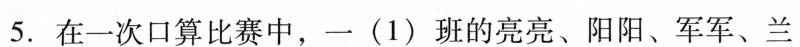
5.在一次口算比赛中，一(1)班的亮亮、阳阳、军军、兰